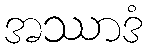
အဿာဒံ